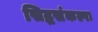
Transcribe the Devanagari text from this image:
सिद्धसंकल्पः